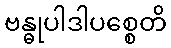
ဗန္ဓုပါဒါပစ္စေတိ